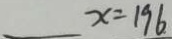
x = 1 9 6